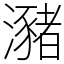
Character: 瀦